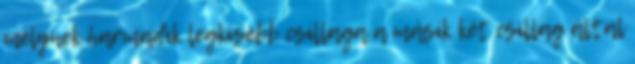
melynek harmadik legkisebb csillaga a másik két csillag által